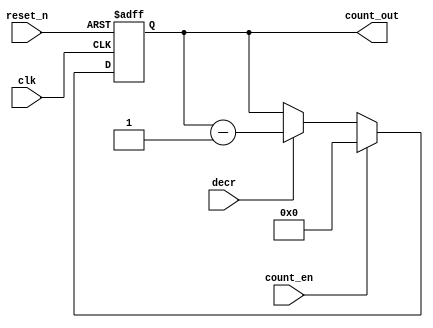
`timescale 1ns / 1ps
//////////////////////////////////////////////////////////////////////////////////
// Company: 
// Engineer: 
// 
// Design Name: 
// Module Name: counter_15
// Project Name: 
// Target Devices: 
// Tool Versions: 
// Description: 
// 
// Dependencies: 
// 
// Revision:
// Revision 0.01 - File Created
// Additional Comments:
// 
//////////////////////////////////////////////////////////////////////////////////

module counter #(parameter COUNT_WIDTH = 4)(
   output   reg   [COUNT_WIDTH -1:0] count_out,
   input                             clk,
   input                             reset_n,
   input                             count_en,
   input                             decr   
    );

always @(posedge clk, negedge reset_n)
begin
   if(!reset_n)
      count_out <= 'b0;
   else if(count_en) 
      count_out <= 'b10000;
   else if(decr)  
      count_out <= count_out - 1'b1;      
end    

endmodule